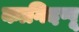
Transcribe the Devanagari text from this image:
कागिदप्पू